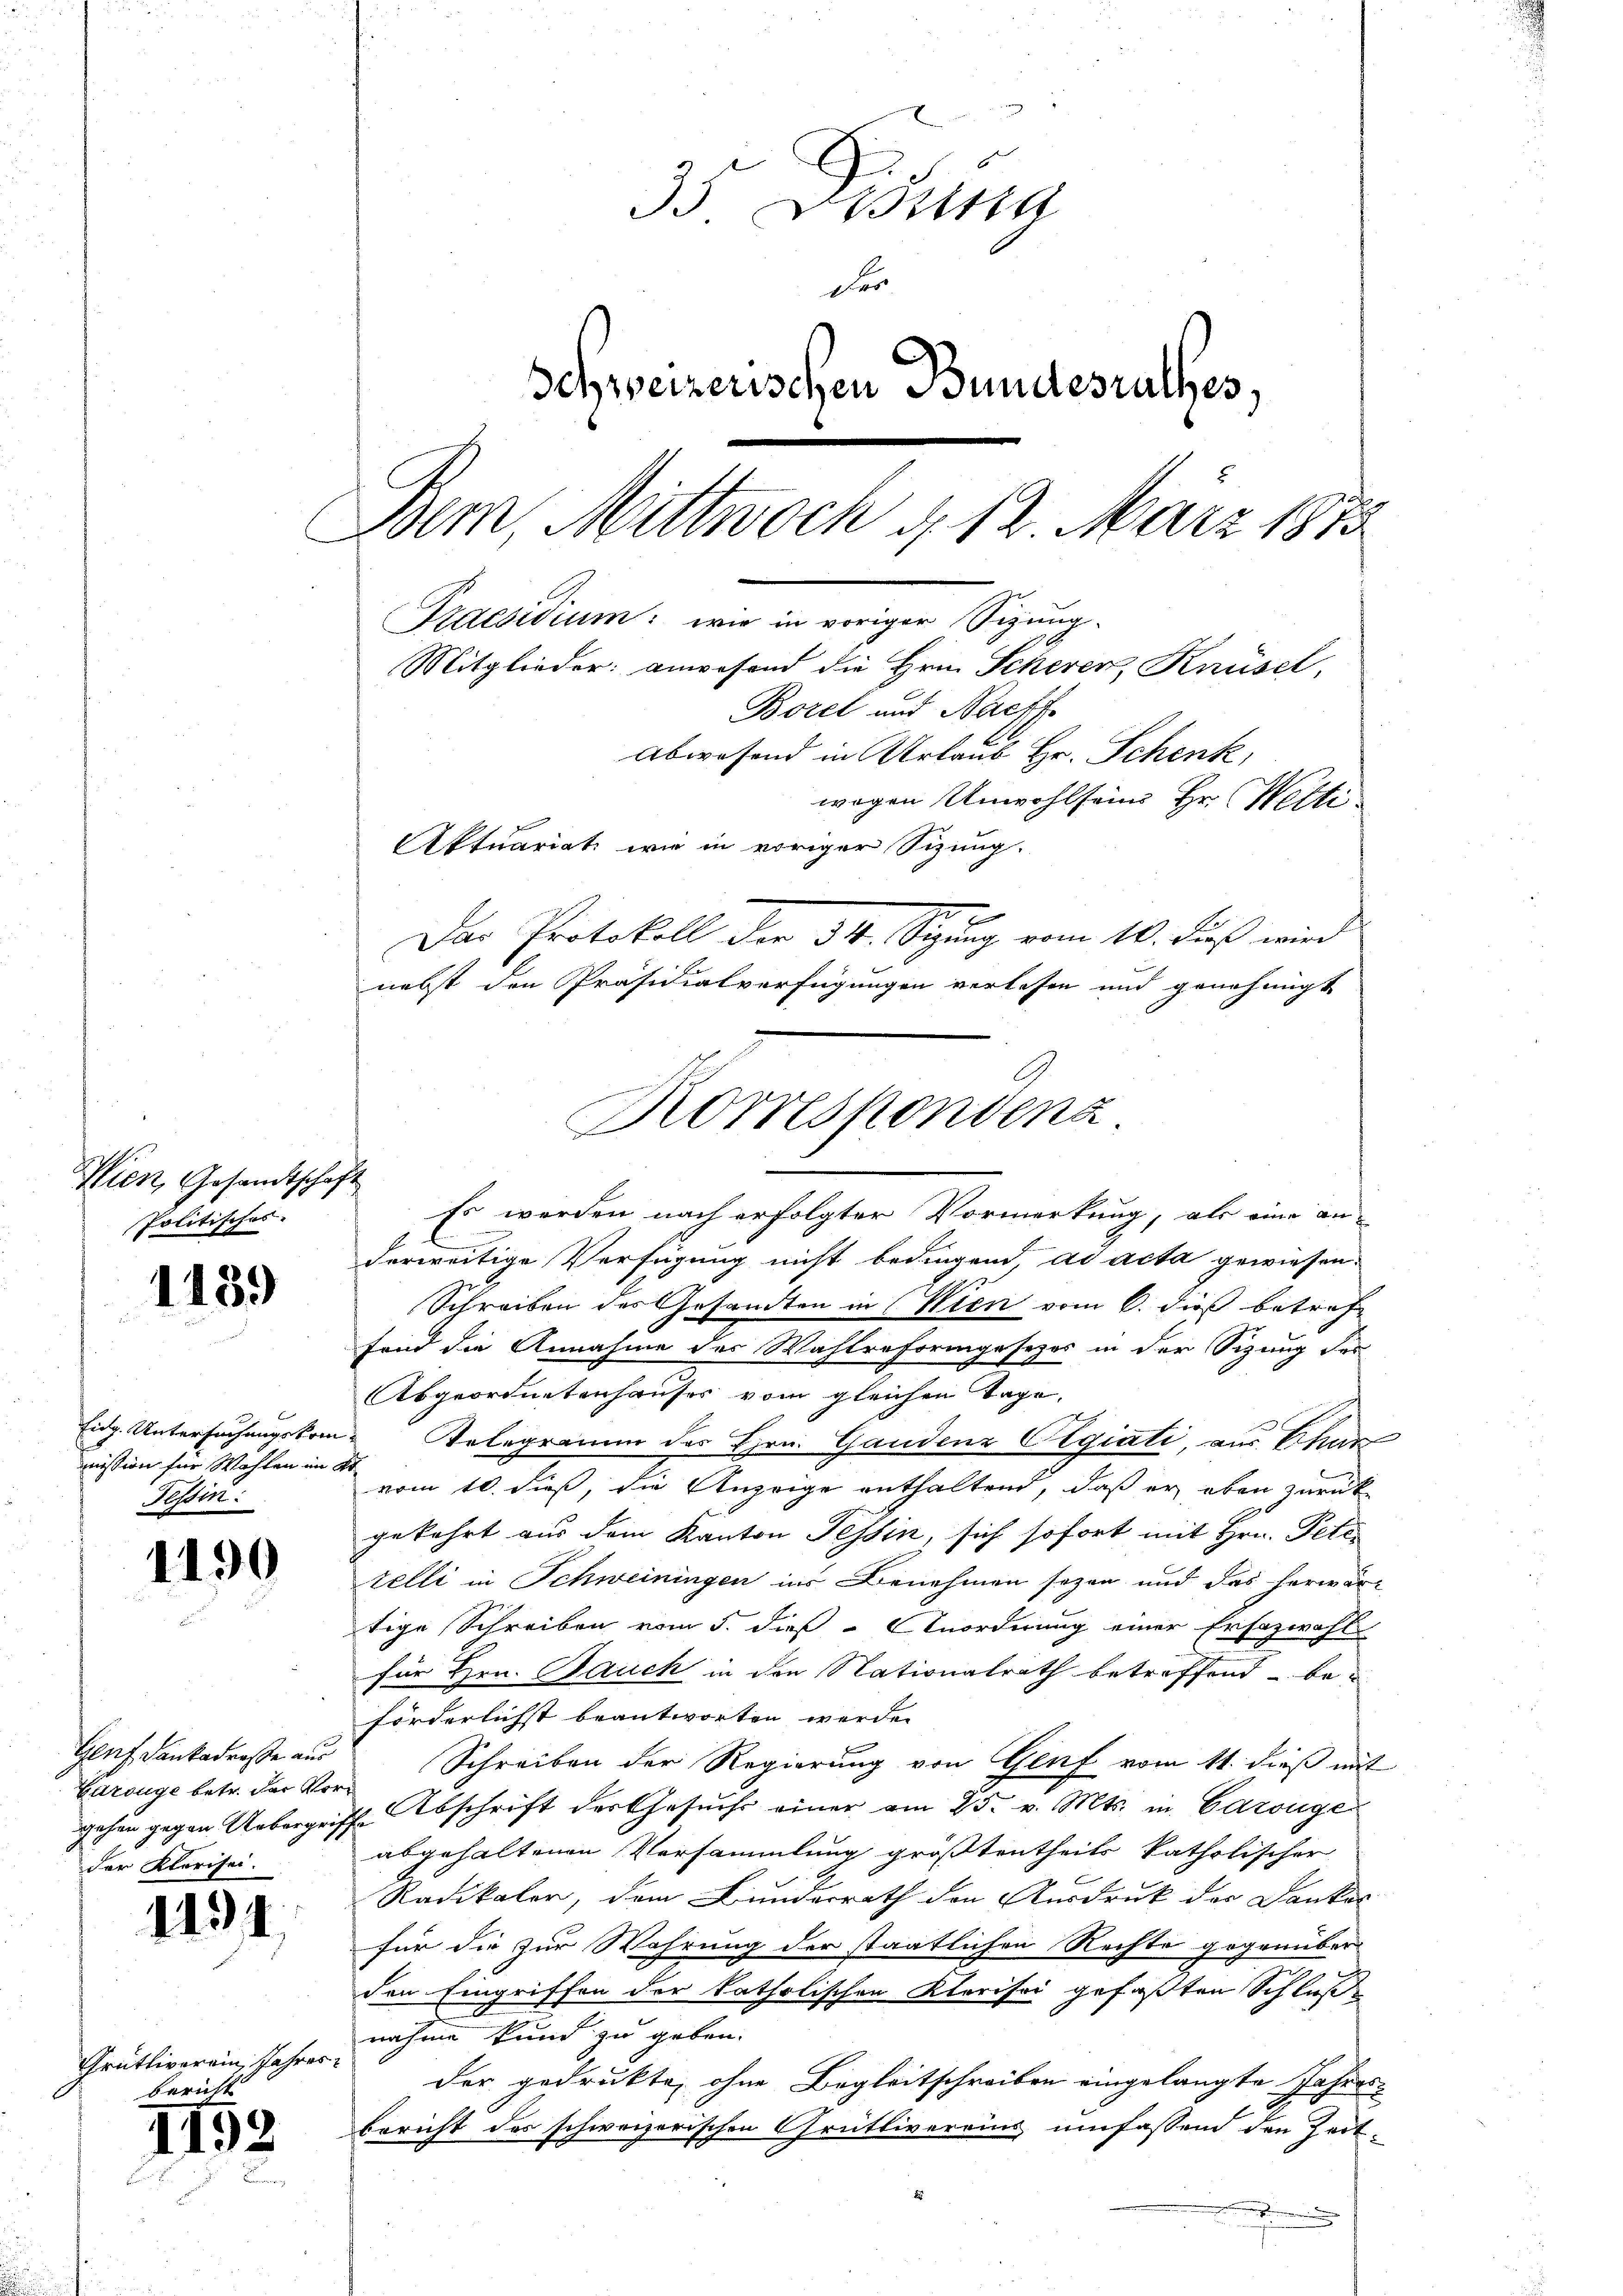
Wien, Gesandtschaft
Politisches.

1139

Eidg. Untersuchungskommission für Wahlen im
Tessin:

1190

Gluf dankadresse aus
Garouge betr. der Vorgehen gegen Ueberge
der Klarisei.

1191.

Grütliverein Jahres.
bericht

I

92

Borel und Nachf
Abwesend in Urlaub Hr. Schenk,
wegen Unwohlseine Hr. Welti.
Aktuariat wie in voriger Sizung.
Das Protokoll der 34. Sizung vom 10. Fuß wird
nebst den Präsidialverfügungen verlesen und genehmigt
Es werden nach erfolgter Vormerkung, als eine an-
l
derweitige Verfügung nicht bedingend ad acta gewiesen.
Schreiben des Gesamten in Wien vom 6. dieß betref
fond die Annahme des Wahlreformgesezes in der Sizung des
Abgeordnetenhauses vom gleichen Tage,
 Telegramm des Hrn. Gandenz Algiati aus Thur
at
vom 10. dieß, die Anzeige enthaltend, daß er eben zurück
gekehrt aus dem Kanton Tessin, sich sofort mit Hrn. Pete
telli in Schweiningen ins Benehmen sezen und das herwär-
tige Schreiben vom 5. dieß Anordnung einer Ersazwahl
für Hrn. Bauch in den Nationalrath betreffend – beförderlichst beantworten werden
Schreiben der Regierung von Genf vom 11. dieß mit
Ihr Abschrift der Gesuchs einer am 25. v. Mts. in Carouge
abgehaltenen Versammlung größtentheils katholischer
Radikaler, dem Bunderrath den Ausdruck der Dankes
für die zur Wahrung der staatlichen Rechte gegenüber
den Eingriffen der katholischen Klerisci gefaßten Schluß
nahme kund zu geben.
der gedrukte, ohne Begleitschreiben eingelangte Jahres-
bericht des schweizerischen Grütlivereins umfassend den Zeitx

35 Betra
der
Schweizerischen Bundesrathes,
Dem Mittwoch d. 12. März 1875

Praesidium: wie in voriger Sizung
Mitglieder: anwesend die Hrn. Scheren, Knüsel,

Rorrespondenz